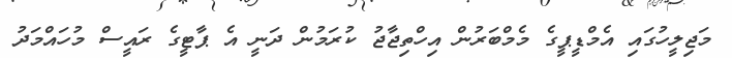
މަޖިލީހުގައި އެމްޑީޕީގެ މެމްބަރުން އިހްތިޖާޖު ކުރަމުން ދަނީ އެ ޕާޓީގެ ރައީސް މުހައްމަދު